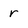
Character: r